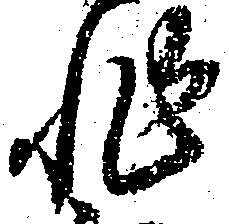
非